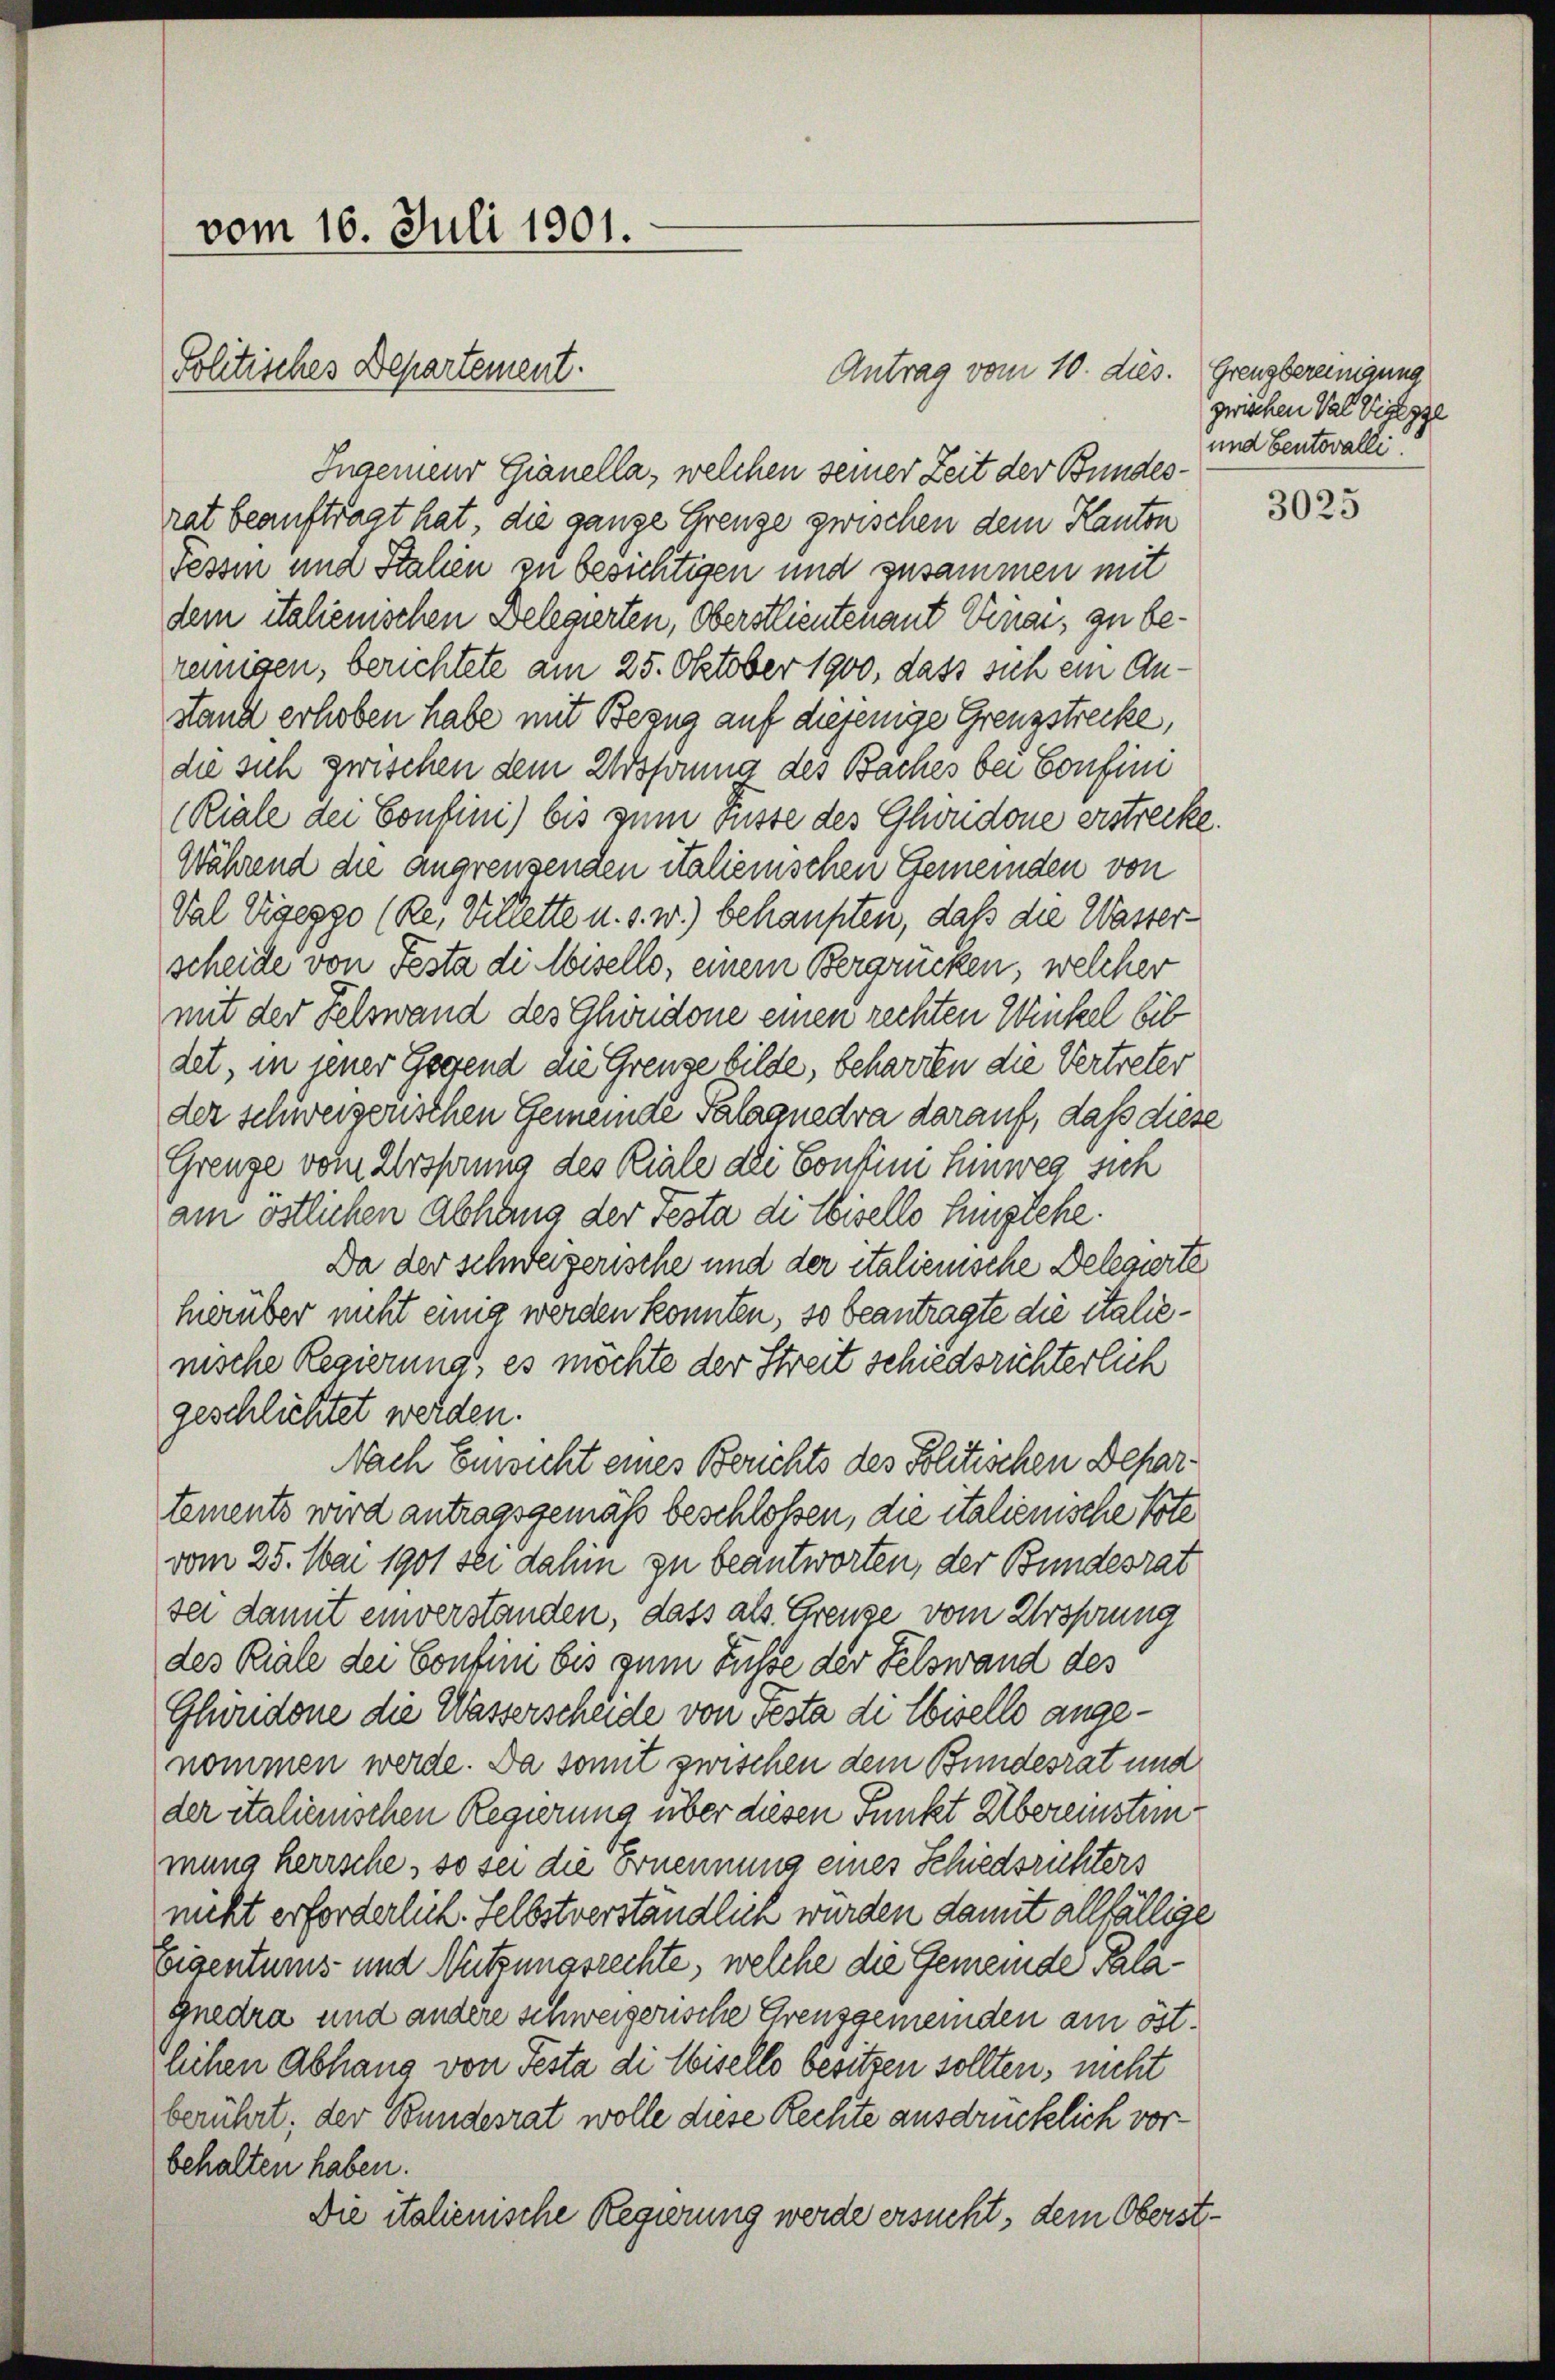
vom 16. Juli 1901.
Politisches Departement.

Antrag vom 10. dies. Grenzbereinigung
Ingenieur Gianella, welchen seiner Zeit der Bundesrat beauftragt hat, die ganze Grenze zwischen dem Kanton
Tessin und Italien zu besichtigen und zusammen mit
dem italienischen Delegierten, Oberstlieutenant Venar, zu beremigen, berichtete am 25. Oktober 1900, dass sich ein Anstand erhoben habe mit Bezug auf diejenige Grenzstrecke,
die sich zwischen dem Ursprung des Baches bei Confini
(Riale dei Confini) bis zum russe des Glweidone erstrecke.
Während die angrenzenden italienischen Gemeinden von
Val Vigepgo (Re, Villette u. s. w.) behaupten, daß die Wasserscheide von Festa di Misello, einem Bergrücken, welcher
mit der Felswand des Ghöndone einen rechten Winkel bis
det, in jener Gegend die Grenze bilde, beharren die Vertreter
der schweizerischen Gemeinde Palaquedra darauf, daß diese
Grenze vom Ursprung des Riale dei Contini hinweg sich
am östlichen Abhang der Testa di Ebisells Englehe.
Da der schweizerische und der italienische Delegierte
herüber nicht einig werden konnten, so beantragte die italienische Regierung, es möchte der Streit schiedsrichterlich
geschlichtet werden.
Nach Einwicht eines Berichts des Politischen Departements wird antragsgemäß beschlossen, die italienische Pote
vom 25. Mai 1901 sei dahin zu beantworten, der Bundesrat
sei damit einverstanden, dass als Grenze vom Wröprung
des Riale dei Confen bis zum Fusse der Felswand des
Glüridone die Wasserscheide von Testa di Ebiselle angenommen werde. Da somit zwischen dem Bundesrat und
der italienischen Regierung über diesen Punkt Albereinstunmung herrsche, so sei die Ernennung eines Schiedsrichters
nicht erforderlich. Selbstverständlich wurden damit allfällige
Eigentums und Nutzungsrechte, welche die Gemeinde Pala¬
Gnedra und andere schweizerische Grenzgemeinden am östlichen Abhang von Pesta di Wisello besitzen sollten, nicht
berührt; der Bundesrat wolle diese Rechte ausdrücklich vorbehalten haben.
Die italienische Regierung werde ersucht, dem Oberst¬

zwischen Val Vizegge
und Centovalli.

3025